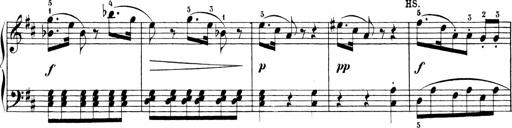
Title: 6 Sonatinas
Composer: Carl Reinecke